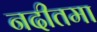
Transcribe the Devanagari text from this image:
नदीतमा